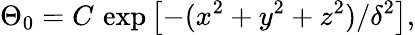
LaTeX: \Theta_{0}=C\, \exp\left[-(x^{2}+y^{2}+z^{2})/\delta^{2}\right],